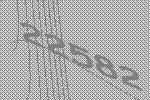
22582